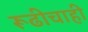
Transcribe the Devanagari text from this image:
रूढीचाही